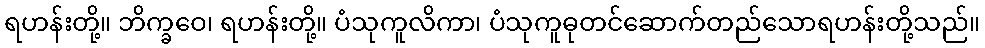
ရဟန်းတို့။ ဘိက္ခဝေ၊ ရဟန်းတို့။ ပံသုကူလိကာ၊ ပံသုကူဓုတင်ဆောက်တည်သောရဟန်းတို့သည်။